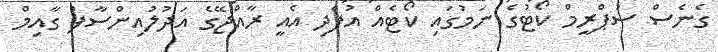
ގެނެސް ސުޕްރީމް ކޯޓުގެ ނަމުގައި ކޯޓެއް އުފެދި އެއީ ރާއްޖޭގެ އަދުލުއިންސާފު ގާއިމް